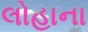
લોહાના